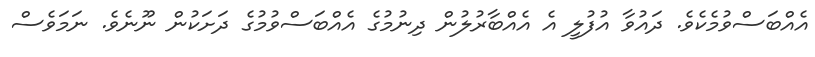
އެއްބަސްވުމެކެވެ. ދައުވާ އުފުލީ އެ އެއްބާރުލުން ދިނުމުގެ އެއްބަސްވުމުގެ ދަށަކުން ނޫނެވެ. ނަމަވެސް